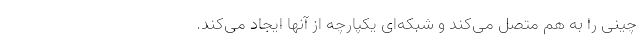
چینی را به هم متصل می‌کند و شبکه‌ای یکپارچه از آنها ایجاد می‌کند.